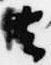
去